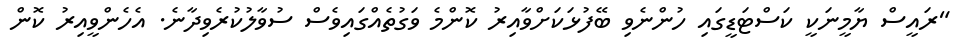
"ރައީސް ޔާމީނަކީ ކަސްޓަޑީގައި ހުންނެވި ބޭފުޅަކަށްވާއިރު ކޮންމެ ވަގުތެއްގައިވެސް ސުވާލުކުރެވިދާނެ. އެހެންވީއިރު ކޮން